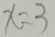
x = 3